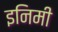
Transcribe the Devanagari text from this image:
इनिमी